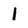
Character: 1